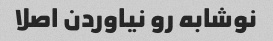
نوشابه رو نیاوردن اصلا